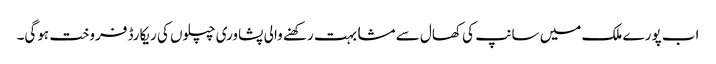
اب پورے ملک میں سانپ کی کھال سے مشابہت رکھنے والی پشاوری چپلوں کی ریکارڈ فروخت ہوگی۔